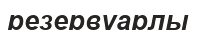
резервуарлы